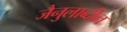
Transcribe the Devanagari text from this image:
जैनुलाब्दीन